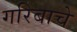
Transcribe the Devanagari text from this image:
गरिबाचे